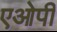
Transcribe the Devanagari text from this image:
एओपी